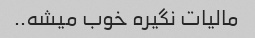
مالیات نگیره خوب میشه..